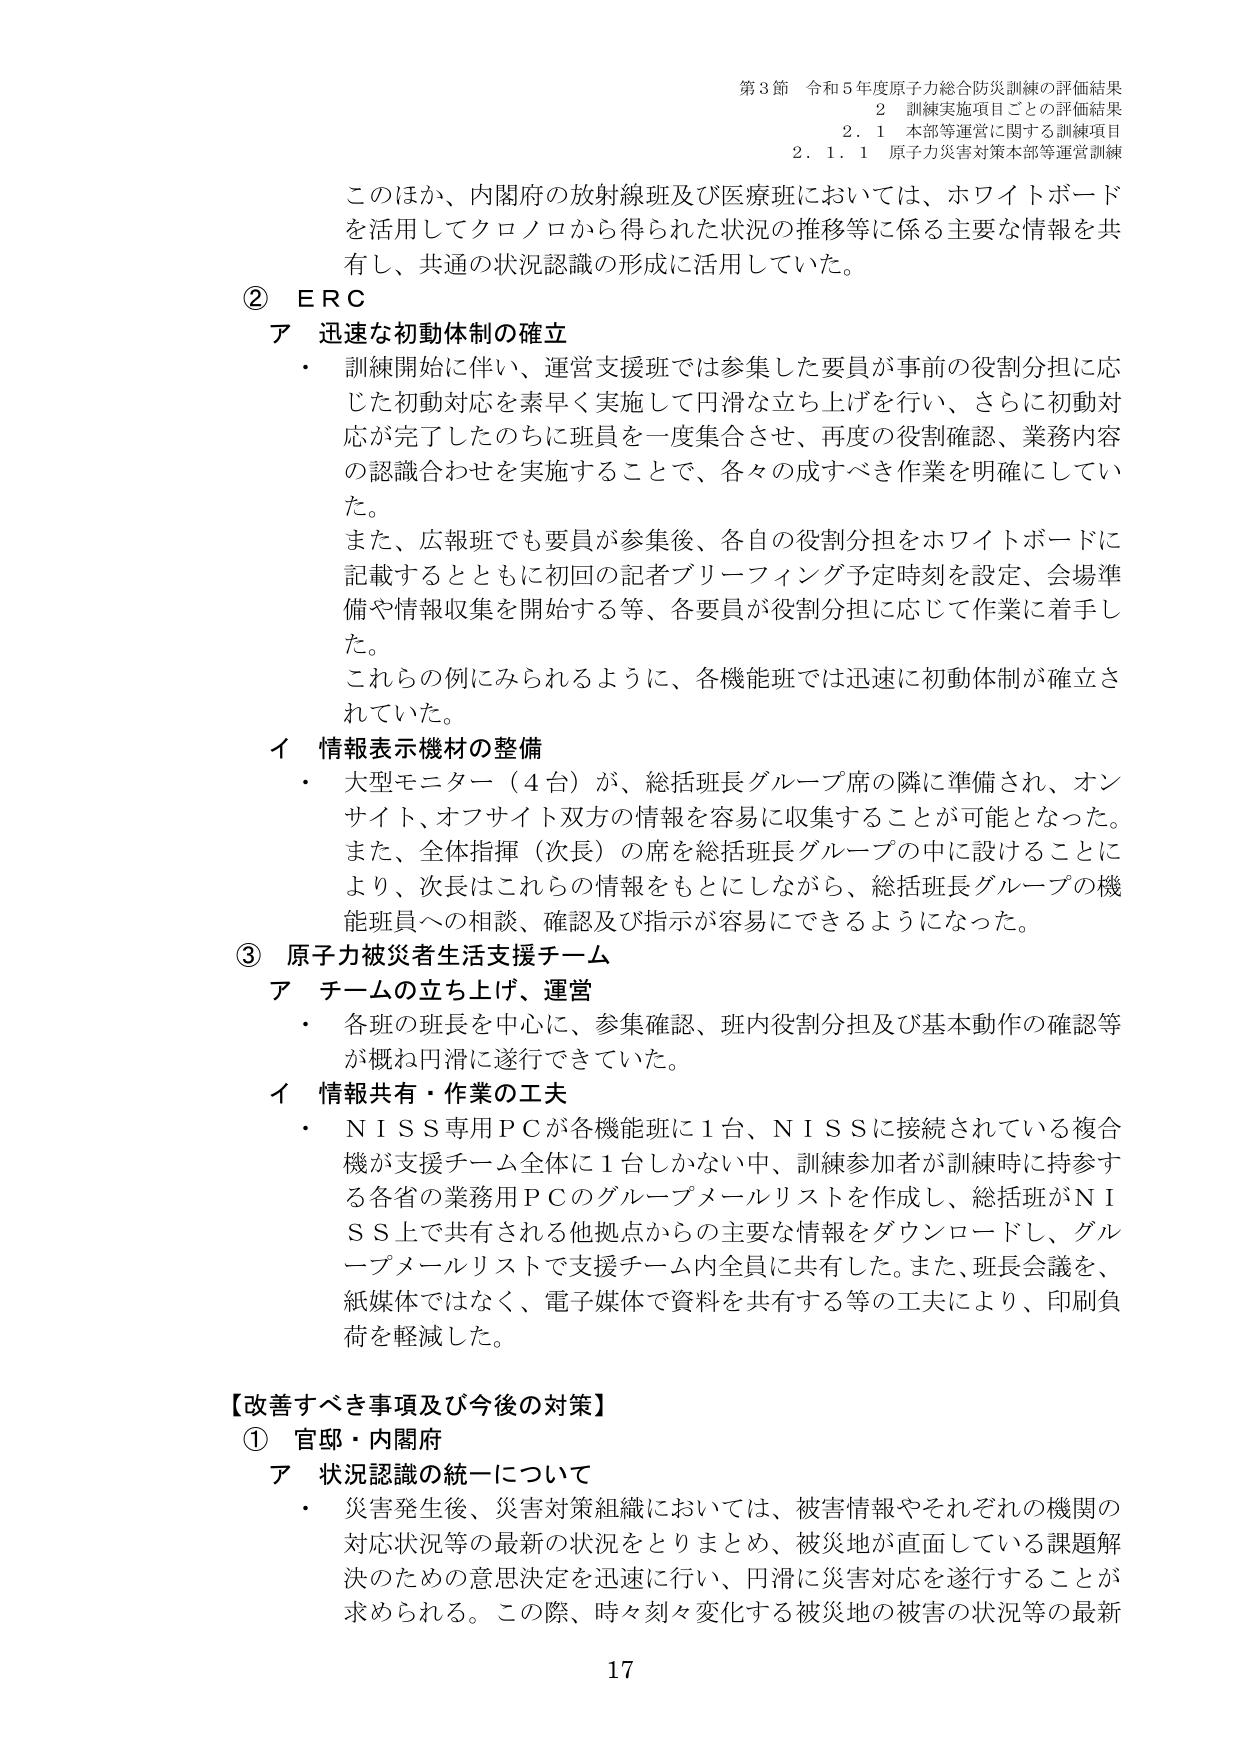
第3節 令和5年度原子力総合防災訓練の評価結果
2 訓練実施項目ごとの評価結果
2.1 本部等運営に関する訓練項目
2.1.1 原子力災害対策本部等運営訓練

このほか、内閣府の放射線班及び医療班においては、ホワイトボードを活用してクロノロから得られた状況の推移等に係る主要な情報を共有し、共通の状況認識の形成に活用していた。

② ERC
ア 迅速な初動体制の確立
・ 訓練開始に伴い、運営支援班では参集した要員が事前の役割分担に応じた初動対応を素早く実施して円滑な立ち上げを行い、さらに初動対応が完了したのちに班員を一度集合させ、再度の役割確認、業務内容の認識合わせを実施することで、各々の成すべき作業を明確にしていた。
また、広報班でも要員が参集後、各自の役割分担をホワイトボードに記載するとともに初回の記者ブリーフィング予定時刻を設定、会場準備や情報収集を開始する等、各要員が役割分担に応じて作業に着手した。
これらの例にみられるように、各機能班では迅速に初動体制が確立されていた。

イ 情報表示機材の整備
・ 大型モニター（4台）が、総括班長グループ席の隣に準備され、オンサイト、オフサイト双方の情報を容易に収集することが可能となった。また、全体指揮（次長）の席を総括班長グループの中に設けることにより、次長はこれらの情報をもとにしながら、総括班長グループの機能班員への相談、確認及び指示が容易にできるようになった。

③ 原子力被災者生活支援チーム
ア チームの立ち上げ、運営
・ 各班の班長を中心に、参集確認、班内役割分担及び基本動作の確認等が概ね円滑に遂行できていた。

イ 情報共有・作業の工夫
・ NISS専用PCが各機能班に1台、NISSに接続されている複合機が支援チーム全体に1台しかない中、訓練参加者が訓練時に持参する各省の業務用PCのグループメールリストを作成し、総括班がNISS上で共有される他拠点からの主要な情報をダウンロードし、グループメールリストで支援チーム内全員に共有した。また、班長会議を、紙媒体ではなく、電子媒体で資料を共有する等の工夫により、印刷負荷を軽減した。

【改善すべき事項及び今後の対策】
① 官邸・内閣府
ア 状況認識の統一について
・ 災害発生後、災害対策組織においては、被害情報やそれぞれの機関の対応状況等の最新の状況をとりまとめ、被災地が直面している課題解決のための意思決定を迅速に行い、円滑に災害対応を遂行することが求められる。この際、時々刻々変化する被災地の被害の状況等の最新

17